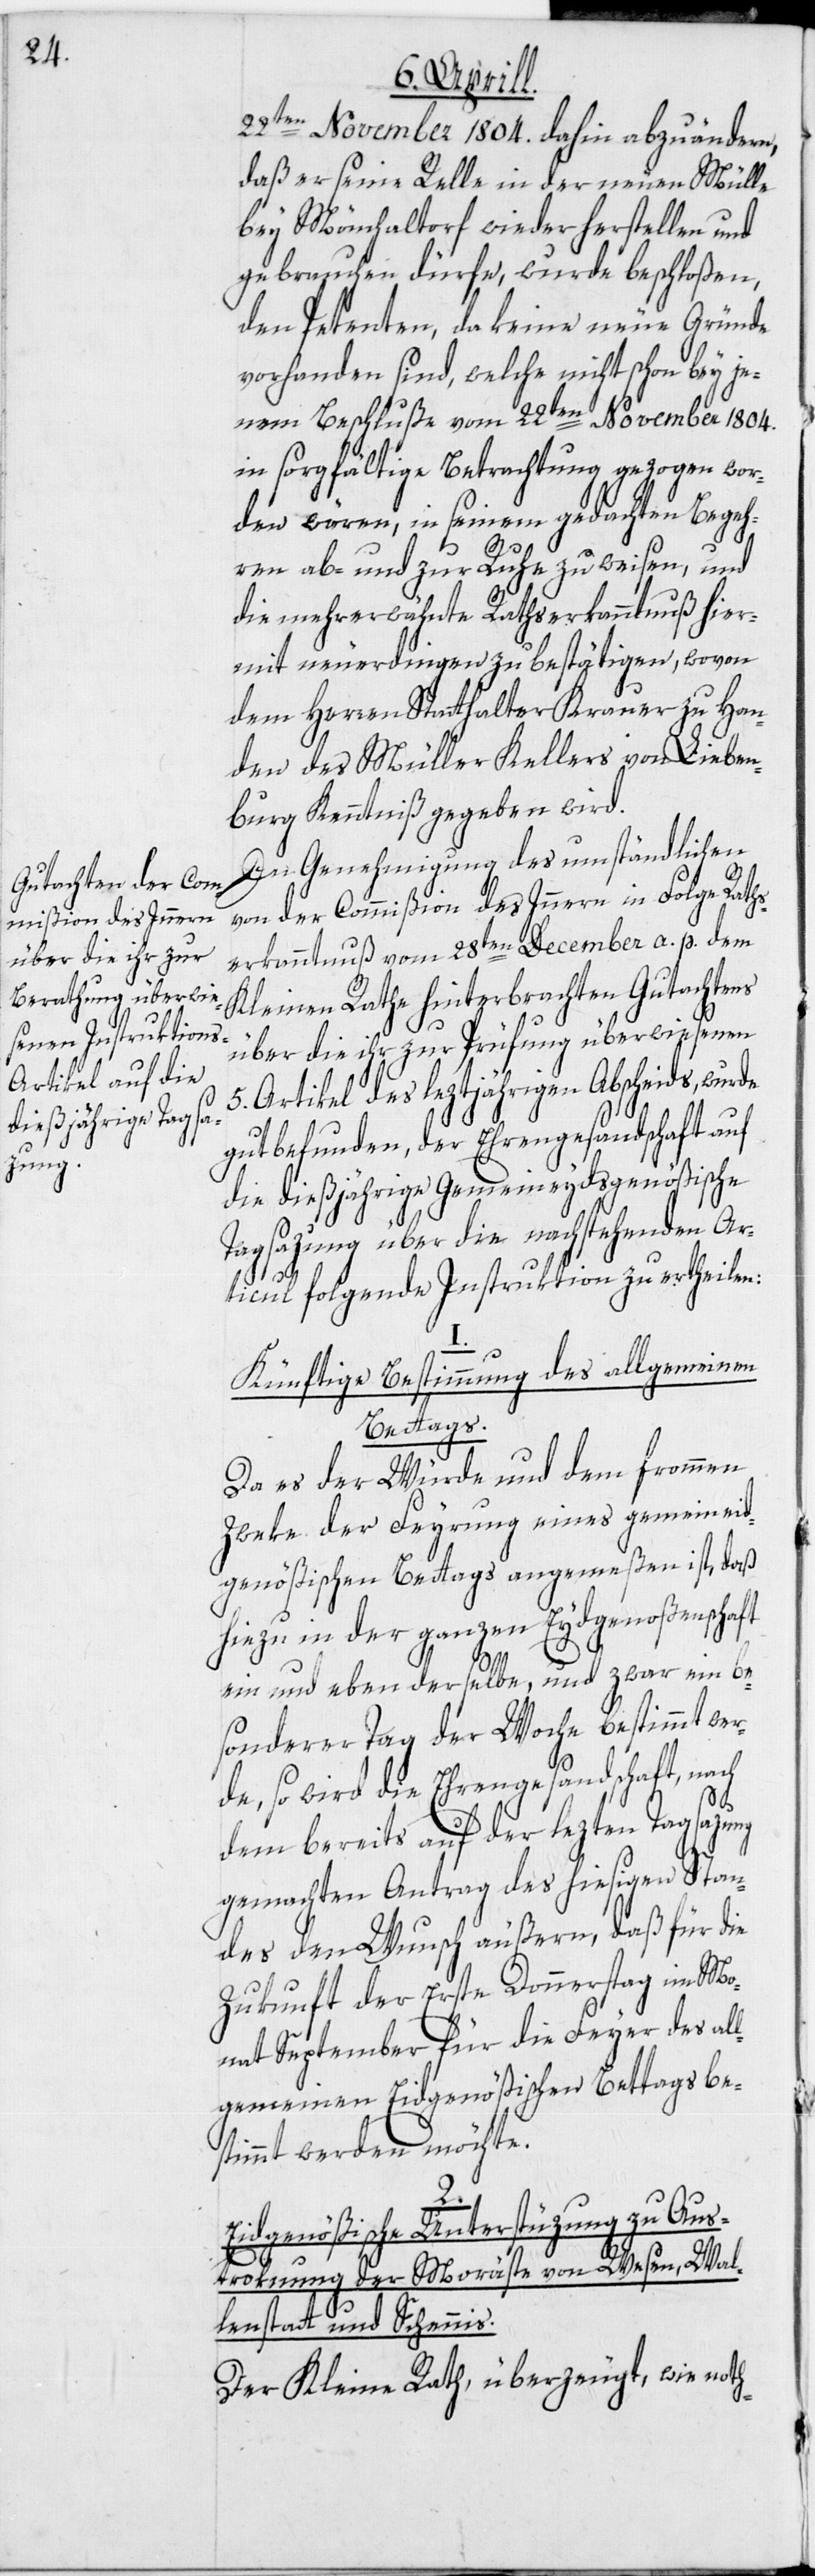
22ten November 1804. dahin abzuändern,
daß er seine Relle in der neuen Mülle
bey Mönchaltorf wiederherstellen und
gebrauchen dürfe, wurde beschloßen,
den Petenten, da keine neue Gründe
vorhanden sind, welche nicht schon bey je¬
nem Beschluße vom 22ten November 1804.
in sorgfältige Betrachtung gezogen wor¬
den wären, in seinem gedachten Begeh¬
ren ab- und zur Ruhe zu weisen, und
die mehrerwähnte Rathserkanntnuß hier¬
mit neuerdingen zu bestätigen, wovon
dem Herren Statthalter Krauer zu Han¬
den des Müller Kellers von Lieben¬
burg Kenntniß gegeben wird.
In Genehmigung des umständlichen
von der Commißion des Innern in Folge Rath¬
serkanntnuß vom 28ten December a. p. dem
Kleinen Rathe hinterbrachten Gutachtens
über die ihr zur Prüfung überwiesenen
5. Artikel des leztjährigen Abscheids, wurde
gut befunden, der Ehrengesandschaft auf
die dießjährige Gemeineydsgenößische
Tagsazung über die nachstehenden Ar¬
ticul folgende Instruktion zu ertheilen:
Künftige Bestimmung des allgemeinen
Bettags.
Da es der Würde und dem frommen
Zweke der Feyrung eines gemeineid¬
genößischen Bettags angemeßen ist, daß
hiezu in der ganzen Eydgenoßenschaft
ein und eben derselbe, und zwar ein be¬
sonderer Tag der Woche bestimmt we¬
rde, so wird die Ehrengesandschaft, nach
dem bereits auf der lezten Tagsazung
gemachten Antrag des hiesigen Stan¬
des den Wunsch äußern, daß für die
Zukunft der Erste Donnerstag im Mo¬
nat September für die Feyer des al¬
lgemeinen Eidgenößischen Bettags be¬
stimmt werden möchte.
2.
Eidgenößische Unterstüzung zu Aus¬
troknung der Moräste von Wesen, Wal¬
lenstatt und Schennis.
Der Kleine Rath, überzeugt, wie noth-